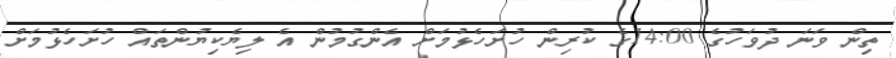
ތިން ވަނަ ދުވަހުގެ 14:00ގެ ކުރިން ހުށަހެޅުމަށް އެންގުމުން އެ ލިޔެކިޔުންތައް ހުށަހެޅުމަށް